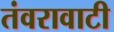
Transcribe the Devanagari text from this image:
तंवरावाटी